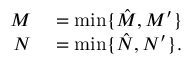
\begin{array} { r l } { M } & { { } = \mathrm { m i n } \{ \hat { M } , M ^ { \prime } \} } \\ { N } & { { } = \mathrm { m i n } \{ \hat { N } , N ^ { \prime } \} . } \end{array}